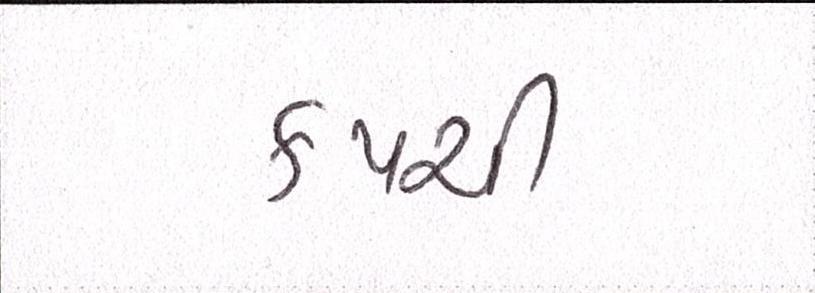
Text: કપચી